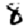
Digit: 8